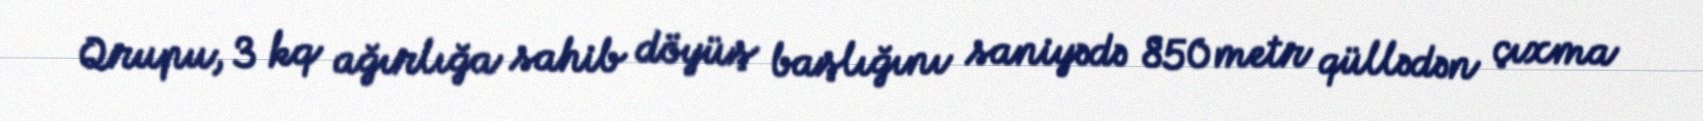
Qrupu, 3 kq ağırlığa sahib döyüş başlığını saniyədə 850 metr qüllədən çıxma